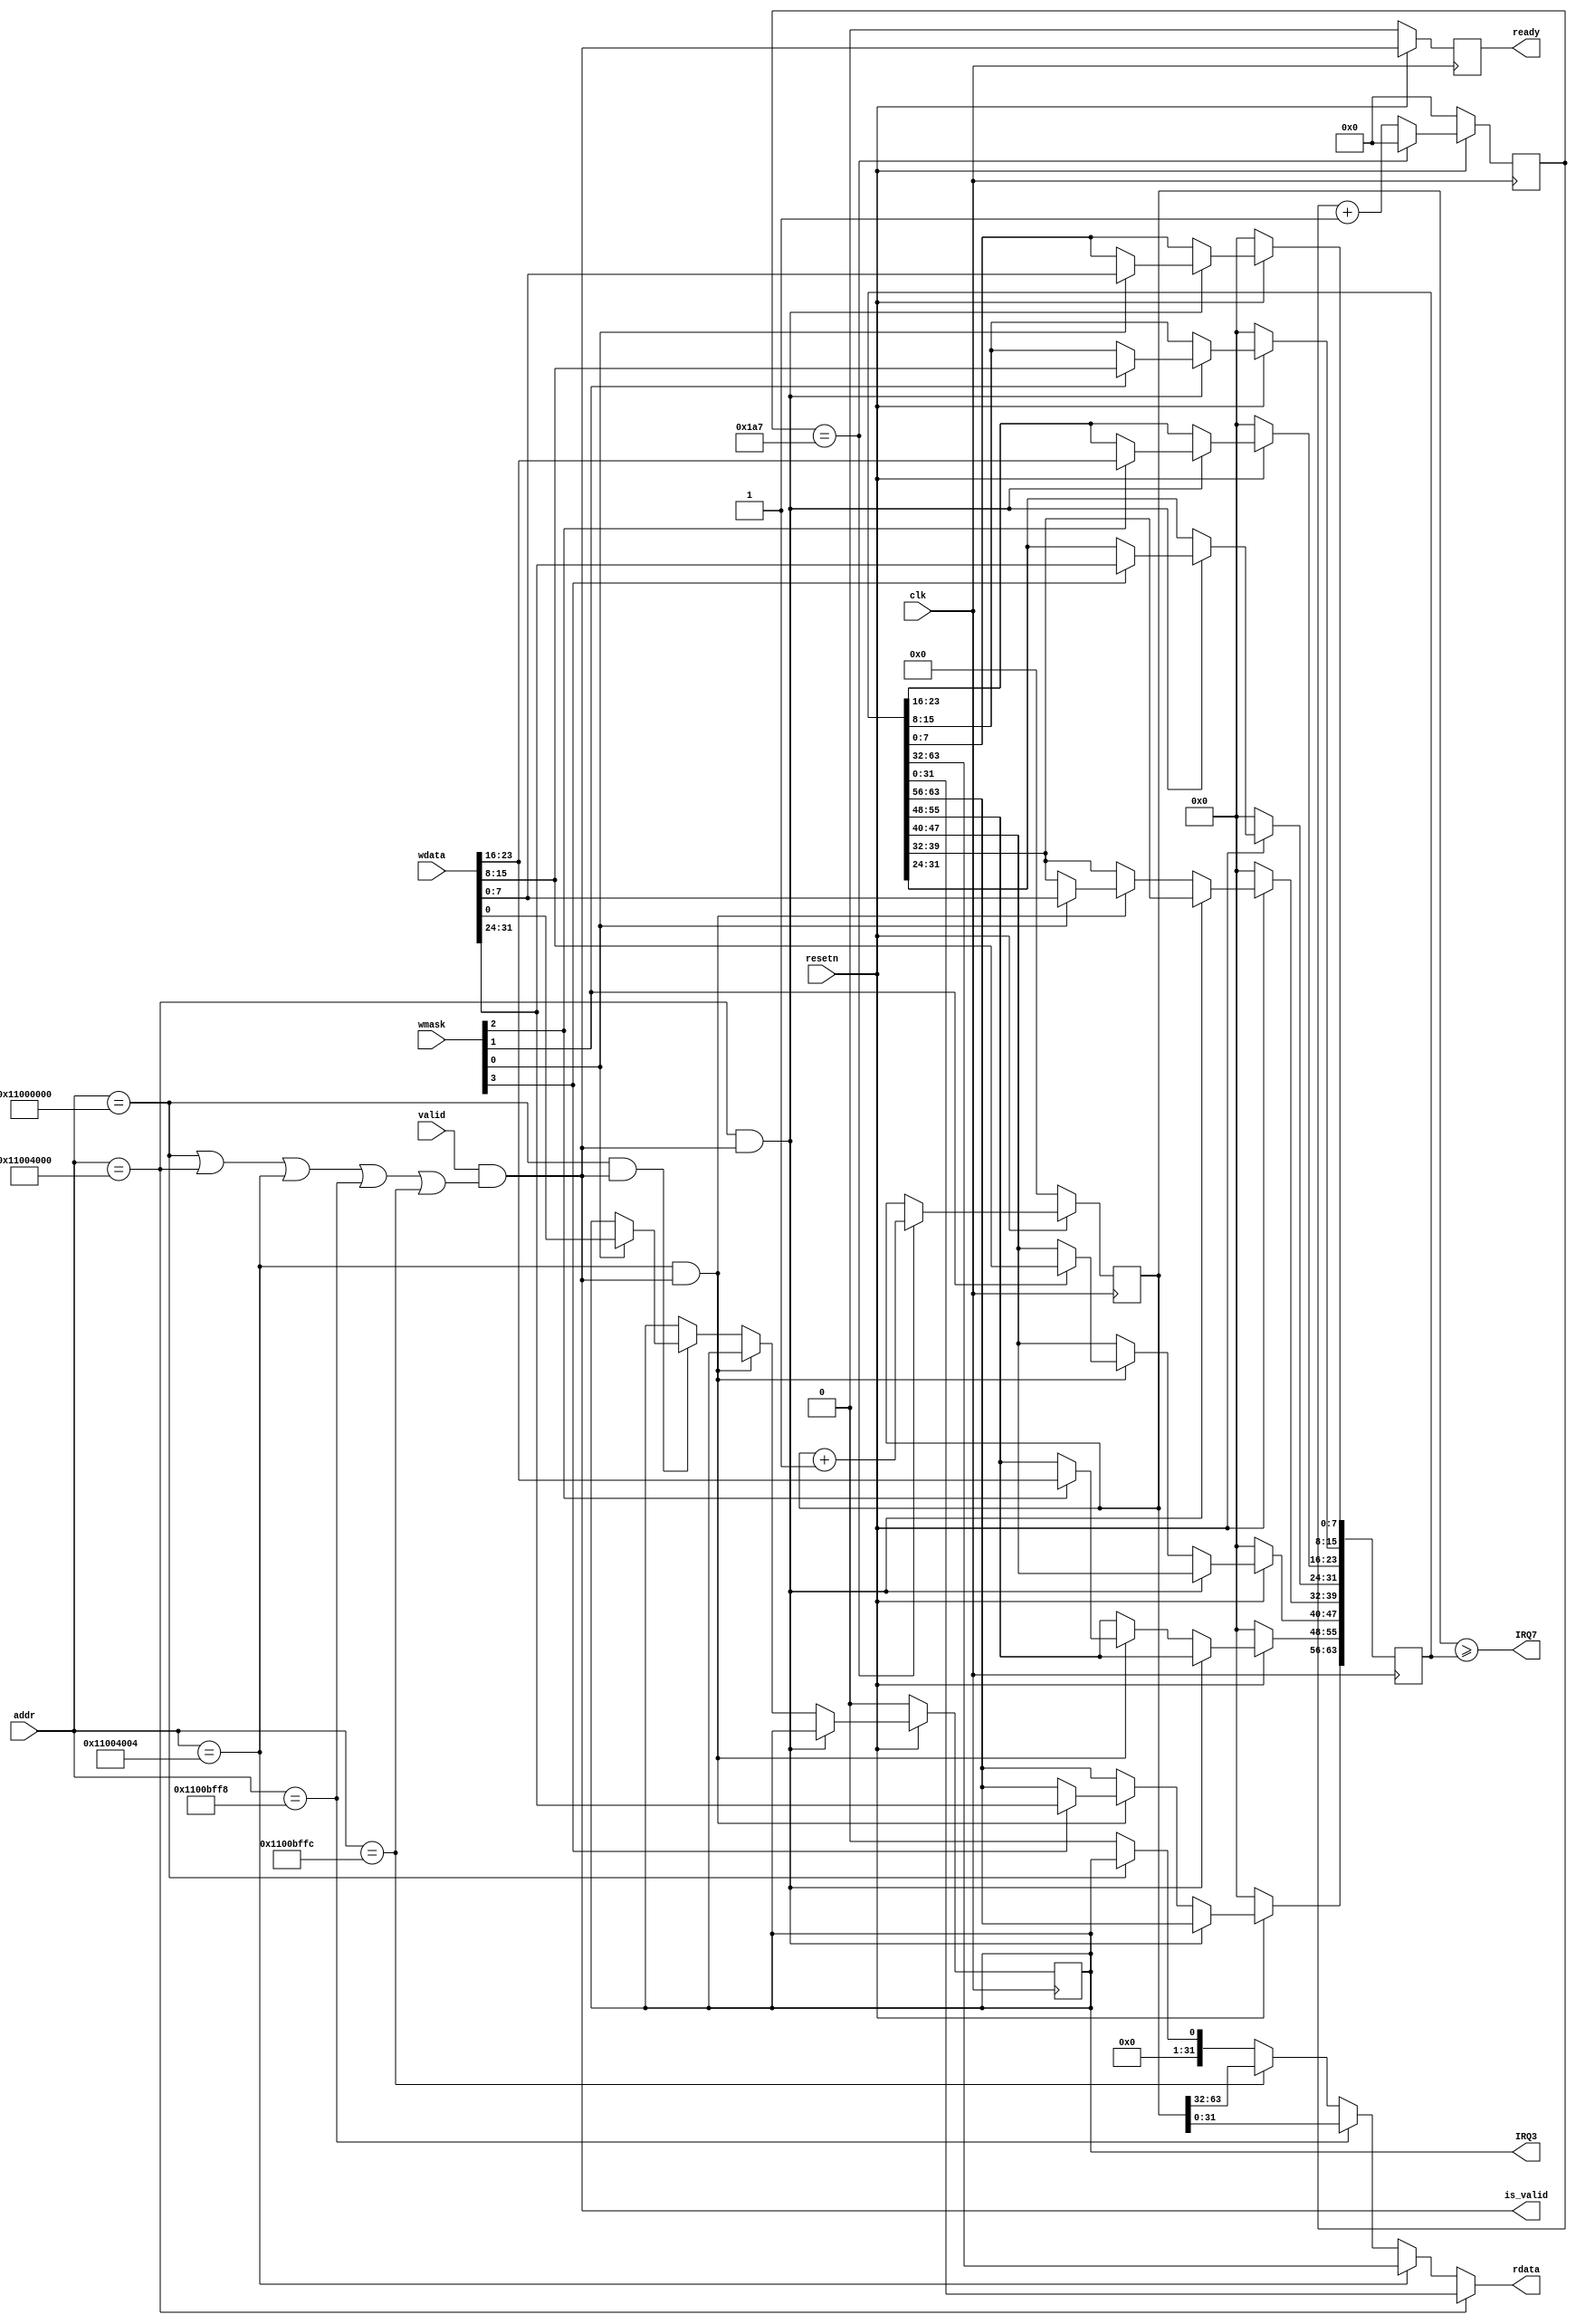
module clint #(
        parameter SYSTEM_CLK = 25_000_000,
        parameter CLOCK_TICK = 1000
    ) (
        input wire clk,
        input wire resetn,
        input wire valid,
        input wire [31:0] addr,
        input wire [3:0] wmask,
        input wire [31:0] wdata,
        output reg [31:0] rdata,
        output wire is_valid,
        output reg ready,
        output wire IRQ3,
        output wire IRQ7
    );

    /* verilator lint_off WIDTHTRUNC */
    localparam CLOCK_TICK_BIT_WIDTH = $clog2(CLOCK_TICK);
    localparam [CLOCK_TICK_BIT_WIDTH -1:0] CYCLES_TO_TICK = ($rtoi(SYSTEM_CLK / CLOCK_TICK));
    /* verilator lint_on WIDTHTRUNC */
    wire is_msip = (addr == 32'h1100_0000);
    wire is_mtimecmpl = (addr == 32'h1100_4000);
    wire is_mtimecmph = (addr == 32'h1100_4004);
    wire is_mtimeh = (addr == 32'h1100_bffc);
    wire is_mtimel = (addr == 32'h1100_bff8);

    assign is_valid = valid && (is_msip || is_mtimecmpl || is_mtimecmph || is_mtimel || is_mtimeh);
    always @(posedge clk) ready <= !resetn ? 1'b0 : is_valid;

    reg [63:0] mtime;
    always @(posedge clk) mtime <= !resetn ? 0 : (tick) ? mtime + 1 : mtime;

    wire is_we = |wmask;

    reg [63:0] mtimecmp;
    reg msip;

    always @(posedge clk)
        if (!resetn) begin
            mtimecmp <= 0;
            msip <= 0;
        end else if (is_mtimecmpl && is_valid) begin
            if (wmask[0]) mtimecmp[7:0] <= wdata[7:0];
            if (wmask[1]) mtimecmp[15:8] <= wdata[15:8];
            if (wmask[2]) mtimecmp[23:16] <= wdata[23:16];
            if (wmask[3]) mtimecmp[31:24] <= wdata[31:24];
        end else if (is_mtimecmph && is_valid) begin
            if (wmask[0]) mtimecmp[39:32] <= wdata[7:0];
            if (wmask[1]) mtimecmp[47:40] <= wdata[15:8];
            if (wmask[2]) mtimecmp[55:48] <= wdata[23:16];
            if (wmask[3]) mtimecmp[63:56] <= wdata[31:24];
        end else if (is_msip && is_valid) begin
            if (wmask[0]) msip <= wdata[0];
        end

    always @(*) begin
        case (1'b1)
            is_mtimecmpl: rdata = mtimecmp[31:0];
            is_mtimecmph: rdata = mtimecmp[63:32];
            is_mtimel:    rdata = mtime[31:0];
            is_mtimeh:    rdata = mtime[63:32];
            is_msip:      rdata = {31'b0, msip};
            default:      rdata = 0;
        endcase
    end


    reg [CLOCK_TICK_BIT_WIDTH -1:0] tick_cnt;
    wire tick = tick_cnt == (CYCLES_TO_TICK - 1);
    always @(posedge clk) begin
        if (!resetn) begin
            tick_cnt <= 0;
        end else begin
            if (tick) begin
                tick_cnt <= 0;
            end else begin
                tick_cnt <= tick_cnt + 1;
            end
        end
    end

    assign IRQ3 = msip;
    assign IRQ7 = (mtime >= mtimecmp);

endmodule